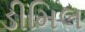
ડીમિલ